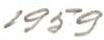
1959